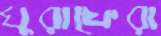
ঘুরাফেরা